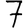
Digit: 7